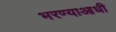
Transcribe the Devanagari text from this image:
भरण्याआधी